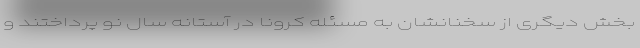
بخش دیگری از سخنانشان به مسئله کرونا در آستانه سال نو پرداختند و